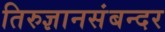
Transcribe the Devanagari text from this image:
तिरुज्ञानसंबन्दर